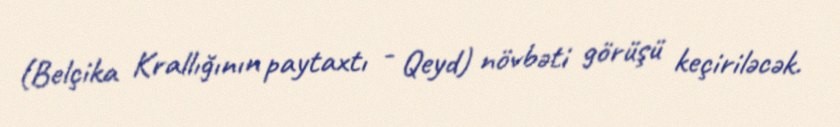
(Belçika Krallığının paytaxtı - Qeyd) növbəti görüşü keçiriləcək.